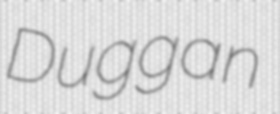
Duggan